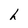
Character: h